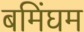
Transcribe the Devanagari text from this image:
बमिंघम